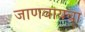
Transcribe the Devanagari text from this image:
जाणवायचा